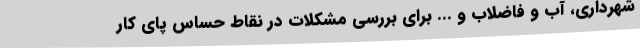
شهرداری، آب و فاضلاب و ... برای بررسی مشکلات در نقاط حساس پای کار